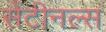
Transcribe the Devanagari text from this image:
सेंटीनल्स